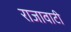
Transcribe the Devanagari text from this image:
राजावाटी